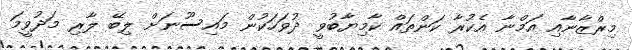
މިރްޒާނާއި އަމްނާ އެކުރާ ކަންތައް ކާމިޔާބުވީ ދުވަހަކުން މައިސޫނަށް ލިބޭ ލާރި މަދުވީމަ